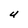
Character: U